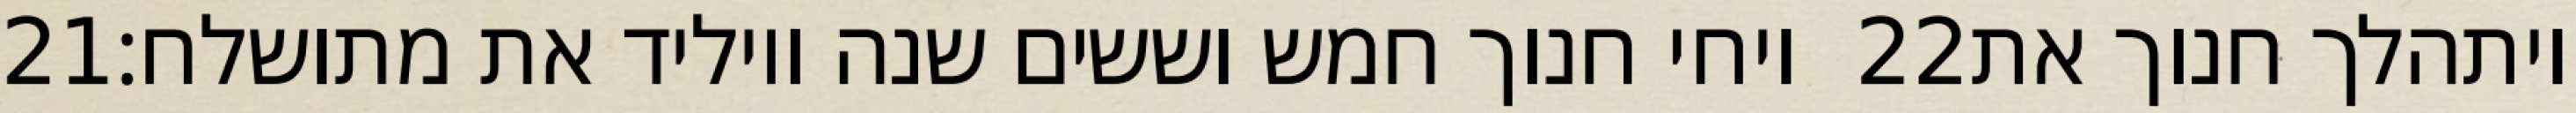
‎21‏ ויחי חנוך חמש וששים שנה ויוליד את מתושלח׃ ‎22‏ ויתהלך חנוך את